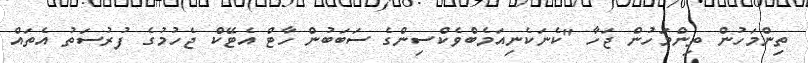
ތިންމަހުން ތިންމަހުން ޖަހާ "ކެނަކެނިއަމެބްވެކްސިންގެ ސަބަބުން ހާޓް އެޓޭކް ޖެހުމުގެ ފުރުސަތު އެތައް